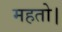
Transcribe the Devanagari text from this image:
महतो।